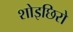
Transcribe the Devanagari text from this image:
शोइछिरो